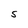
Character: S